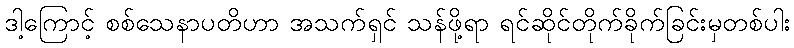
ဒါ့ကြောင့် စစ်သေနာပတိဟာ အသက်ရှင် သန်ဖို့ရာ ရင်ဆိုင်တိုက်ခိုက်ခြင်းမှတစ်ပါး